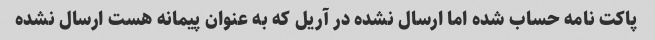
پاکت نامه حساب شده اما ارسال نشده در آریل که به عنوان پیمانه هست ارسال نشده